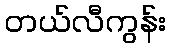
တယ်လီကွန်း